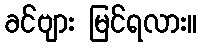
ခင်ဗျား မြင်ရလား။